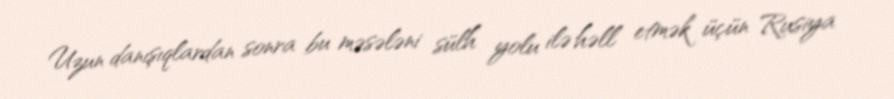
Uzun danışıqlardan sonra bu məsələni sülh yolu ilə həll etmək üçün Rusiya